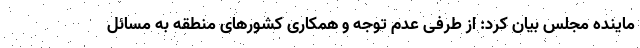
ماینده مجلس بیان کرد: از طرفی عدم توجه و همکاری کشورهای منطقه به مسائل